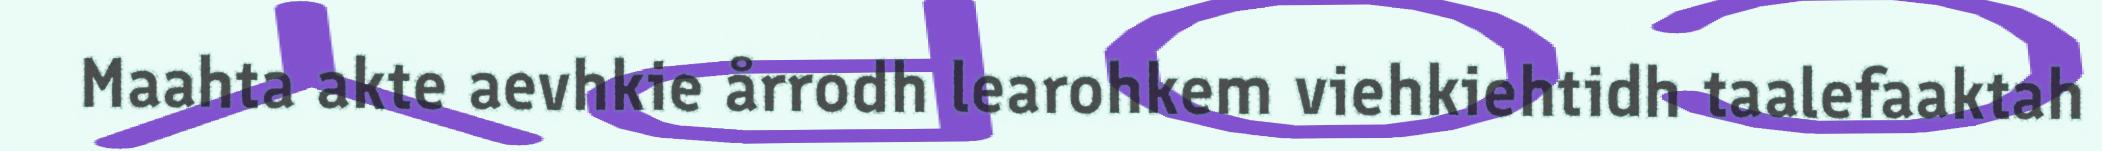
Maahta akte aevhkie årrodh learohkem viehkiehtidh taalefaaktah